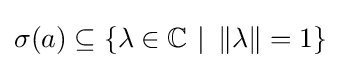
\sigma (a)\subseteq \{\lambda \in \mathbb {C} \ |\ \left\|\lambda \right\|=1\}